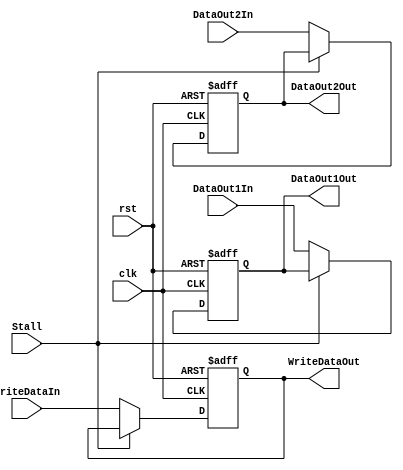
module DecodeReg(clk, rst, Stall, DataOut1In, DataOut2In, WriteDataIn,
				 DataOut1Out, DataOut2Out, WriteDataOut);
	input clk, rst, Stall;
	input [15:0] DataOut1In, DataOut2In, WriteDataIn;
	output reg [15:0] DataOut1Out, DataOut2Out, WriteDataOut;

	always @(posedge clk or posedge rst) begin
		if (rst) begin
			DataOut1Out <= 16'd0;
			DataOut2Out <= 16'd0;
			WriteDataOut <= 16'd0;
		end
		else if (Stall) begin
			DataOut1Out <= DataOut1Out;
			DataOut2Out <= DataOut2Out;
			WriteDataOut <= WriteDataOut;
		end
		else begin
			DataOut1Out <= DataOut1In;
			DataOut2Out <= DataOut2In;
			WriteDataOut <= WriteDataIn;
		end
	end
endmodule